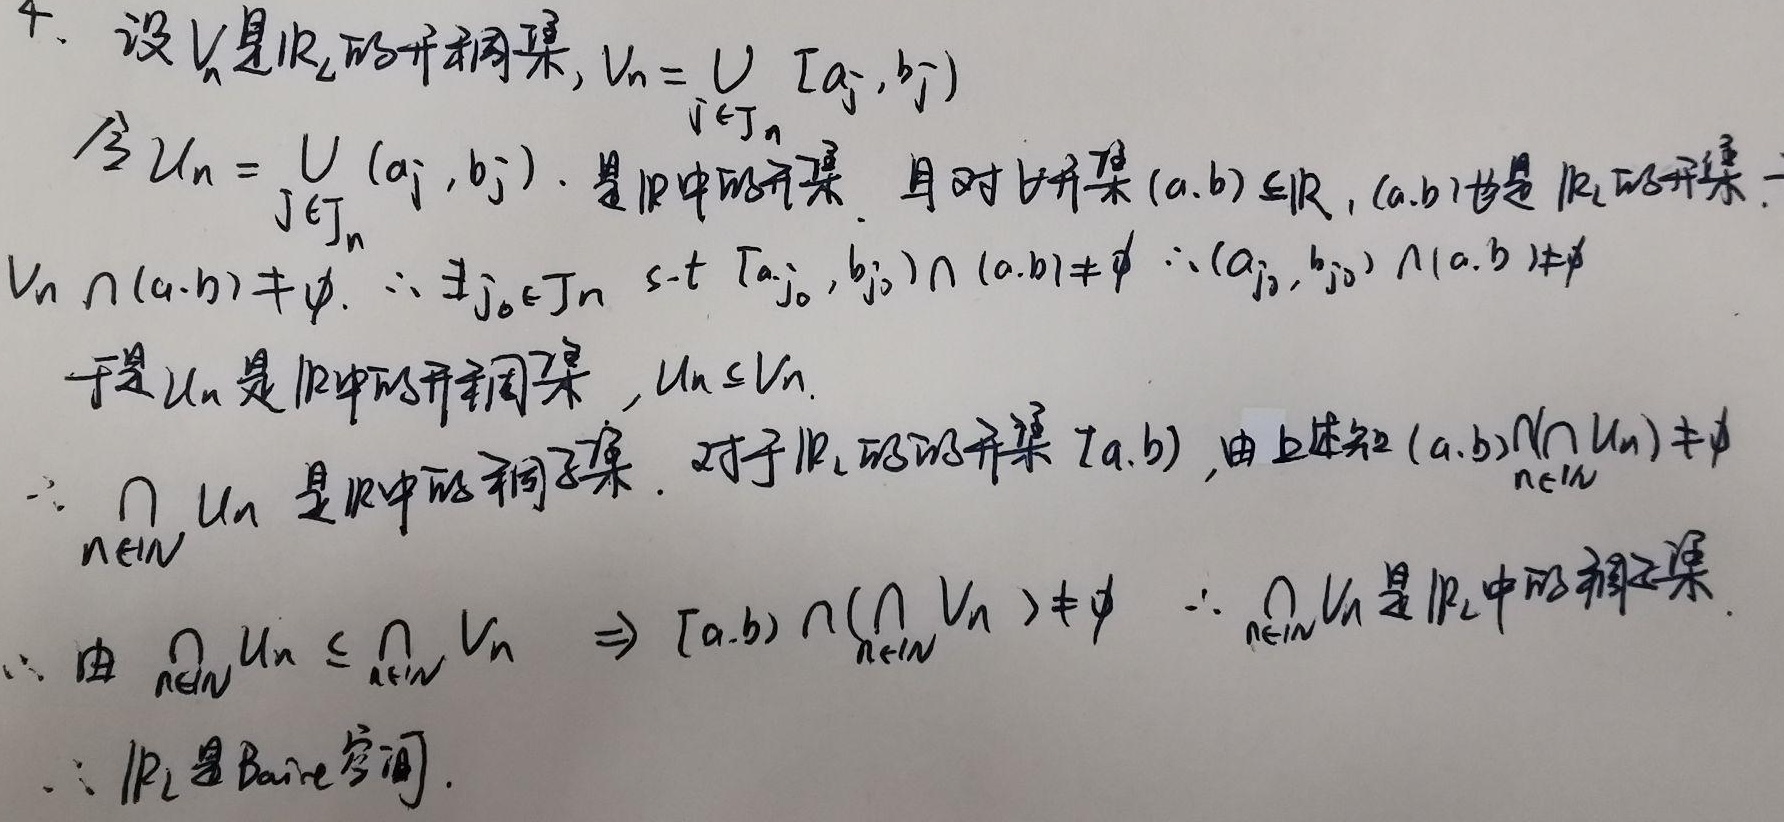
4. 设\(V_n\)是\(\mathbb{R}_L\)的开稠集，\(V_n=\bigcup_{j\in J_n}[a_j,b_j)\)。令\(U_n=\bigcup_{j\in J_n}(a_j,b_j)\)，\(U_n\)是\(\mathbb{R}\)中的开集，且对开集\((a,b)\subseteq\mathbb{R}\)，\((a,b)\)也是\(\mathbb{R}_L\)的开集。

因为\(V_n\cap(a,b)\neq\varnothing\)，所以\(\exists j_0\in J_n\)使得\([a_{j_0},b_{j_0})\cap(a,b)\neq\varnothing\)，进而\((a_{j_0},b_{j_0})\cap(a,b)\neq\varnothing\)。

于是\(U_n\)是\(\mathbb{R}\)中的开稠集，且\(U_n\subseteq V_n\)，所以\(\bigcap_{n\in\mathbb{N}}U_n\)是\(\mathbb{R}\)中的稠子集。

对于\(\mathbb{R}_L\)的开集\([a,b)\)，由上述可知\((a,b)\cap(\bigcap_{n\in\mathbb{N}}U_n)\neq\varnothing\)。

又因为\(\bigcap_{n\in\mathbb{N}}U_n\subseteq\bigcap_{n\in\mathbb{N}}V_n\)，所以\([a,b)\cap(\bigcap_{n\in\mathbb{N}}V_n)\neq\varnothing\)，因此\(\bigcap_{n\in\mathbb{N}}V_n\)是\(\mathbb{R}_L\)中的稠子集，所以\(\mathbb{R}_L\)是 Baire 空间。